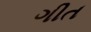
ગીત